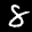
Label: 8